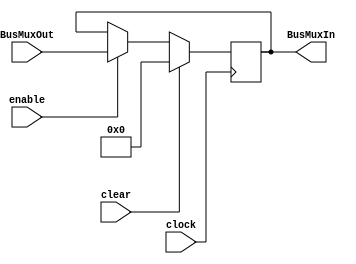
module register32 #(parameter DATA_WIDTH_IN = 32, DATA_WIDTH_OUT = 32, INIT = 32'h0)(
	input clear, clock, enable, 
	input [DATA_WIDTH_IN-1:0]BusMuxOut,
	output wire [DATA_WIDTH_OUT-1:0]BusMuxIn
);
reg [DATA_WIDTH_IN-1:0]q;
initial q = INIT;
always @ (posedge clock)
		begin 
			if (clear) begin
				q <= {DATA_WIDTH_IN{1'b0}};
			end
			else if (enable) begin
				q <= BusMuxOut;
			end
		end
	assign BusMuxIn = q[DATA_WIDTH_OUT-1:0];
endmodule